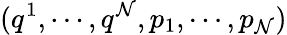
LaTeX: (q^{1},\cdots,q^{\mathcal{N}},p_{1},\cdots,p_{\mathcal{N}})